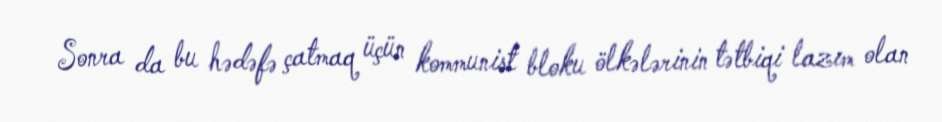
Sonra da bu hədəfə çatmaq üçün kommunist bloku ölkələrinin tətbiqi lazım olan